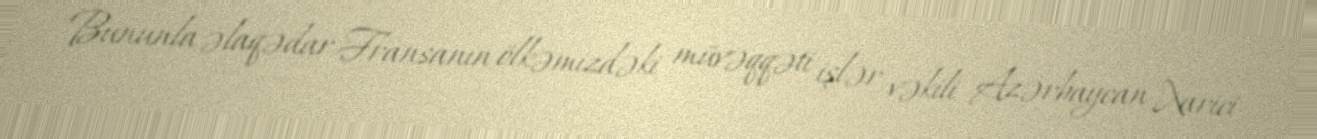
Bununla əlaqədar Fransanın ölkəmizdəki müvəqqəti işlər vəkili Azərbaycan Xarici